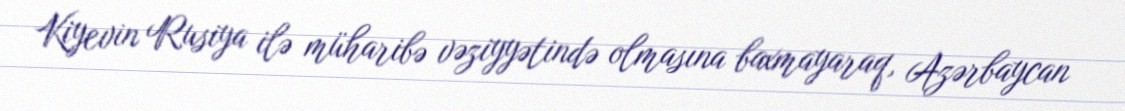
Kiyevin Rusiya ilə müharibə vəziyyətində olmasına baxmayaraq, Azərbaycan